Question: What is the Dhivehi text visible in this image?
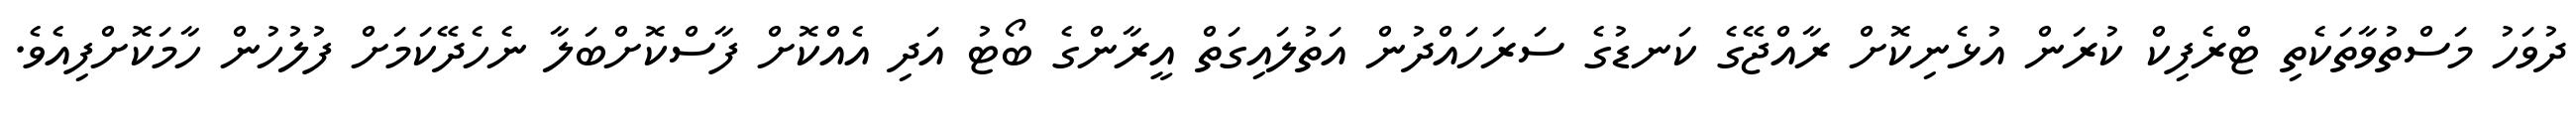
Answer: ދުވަހު މަސްތުވާތަކެތި ޓްރެފިކް ކުރަން އުޅެނިކޮށް ރާއްޖޭގެ ކަނޑުގެ ސަރަހައްދުން އަތުލައިގަތް އީރާންގެ ބޯޓު އަދި އެއްކޮށް ފާސްކޮށްބަލާ ނެހެދޭކަމަށް ފުލުހުން ހާމަކޮށްފިއެވެ.